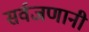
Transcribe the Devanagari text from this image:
सर्वजणानी